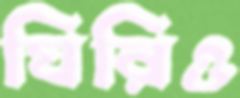
ঘিরিও